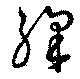
綵